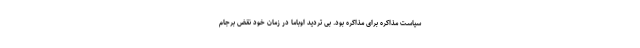
سیاست مذاکره برای مذاکره بود. بی تردید اوباما در زمان خود نقض برجام